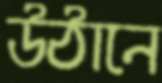
উঠানে